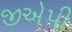
જીએપી